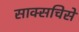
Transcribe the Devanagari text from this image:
साक्सचिसे